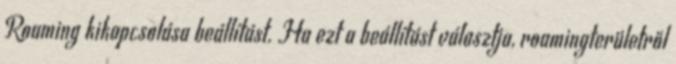
Roaming kikapcsolása beállítást. Ha ezt a beállítást választja, roamingterületről